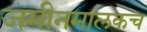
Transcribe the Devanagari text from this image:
जमीनमालकच